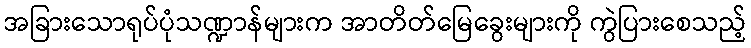
အခြားသောရုပ်ပုံသဏ္ဍာန်များက အာတိတ်မြေခွေးများကို ကွဲပြားစေသည့်